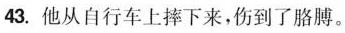
43.他从自行车上摔下来，伤到了胳膊。